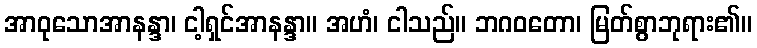
အာဝုသောအာနန္ဒာ၊ ငါ့ရှင်အာနန္ဒာ။ အဟံ၊ ငါသည်။ ဘဂဝတော၊ မြတ်စွာဘုရား၏။